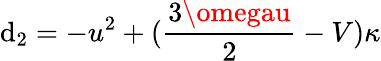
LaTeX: \mathrm{d}_{2}=-u^{2}+(\frac{{3\omegau}}{{2}}-V)\kappa